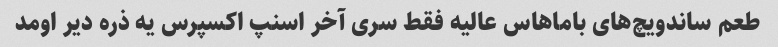
طعم ساندویچ‌های باماهاس عالیه فقط سری آخر اسنپ اکسپرس یه ذره دیر اومد